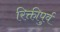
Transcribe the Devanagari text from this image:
रिक्तीपुर्व